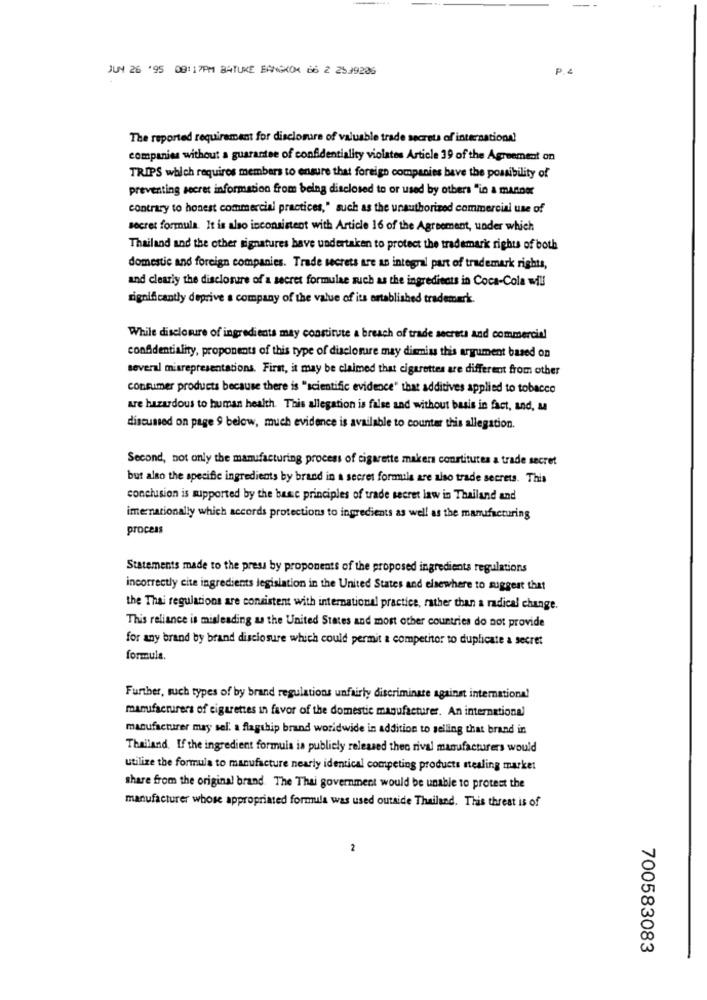
JUN 26 '95 08:17PM BATUKE BANGKOK 66 2 2539206
P.
The reported requirement for disclosure of valuable trade secrets of international
companies without a guarantee of confidentiality violates Article 39 of the Agreement on
TRIPS which requires members to ensure that foreign companies bave the possibility of
preventing secret information from being disclosed to or used by others "in a manner
contrary to honest commercial practices," such as the unauthorized commercial use of
secret formula. It is also inconsistent with Article 16 of the Agreement, under which
Thailand and the other signatures have undertaken to protect the trademark rights of both
domestic and foreign companies. Trade secrets are an integral part of trademark rights,
and clearly the disclosure of a secret formulae such as the ingredients in Coca-Cola will
significantly deprive a company of the value of its established trademark.
While disclosure of ingredients may constitute a breach of trade secrets and commercial
confidentiality, proponents of this type of disclosure may dismiss this argument based on
several misrepresentations. First, it may be claimed that cigarettes are different from other
consumer products because there is "scientific evidence" that additives applied to tobacco
are hazardous to human health. This allegation is false and without basis in fact, and, a
discussed on page 9 below, much evidence is available to counter this allegation.
Second, not only the manufacturing process of cigarette makers constitutes a trade secret
but also the specific ingredients by brand in a secret formule are also trade secrets. This
conclusion is supported by the basic principles of trade secret law in Thailand and
imernationally which accords protections to ingredients as well as the manufacturing
process
Statements made to the press by proponents of the proposed ingredients regulations
incorrectly cite ingredients legislation in the United States and elsewhere to suggest that
the Thai regulations are consistent with international practice, rather than a radical change.
This reliance is misleading as the United States and most other countries do not provide
for any brand by brand disclosure which could permit a competitor to duplicate a secret
formula.
Further, such types of by brand regulations unfairly discriminate against international
manufacturers of cigarettes in favor of the domestic mingufacturer. An international
manufacturer may sel. a flagship brand worldwide in addition to selling that brand in
Thailand. If the ingredient formuis ia publicly released theo rival manufacturers would
utilize the formula to manufacture nearly identical competing products stealing market
share from the original brand. The Thai government would be unable to protest the
manufacturer whose appropriated formula was used outside Thailand. This threat is of
2
700583083